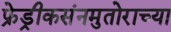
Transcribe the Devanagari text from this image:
फ्रेड्रीकसंनमुतोराच्या